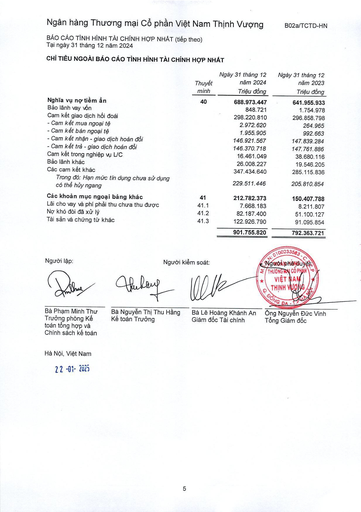
||Thuyết minh|Ngày 31 tháng 12 năm 2024 Triệu đồng|Ngày 31 tháng 12 năm 2023 Triệu đồng| |---|---|---|---| |Nghĩa vụ nợ tiềm ẩn|40|688.973.447|641.955.933| |Bảo lãnh vay vốn||848.721|1.754.978| |Cam kết giao dịch hối đoái||298.220.810|296.858.798| |- Cam kết mua ngoại tệ||2.972.620|264.965| |- Cam kết bán ngoại tệ||1.955.905|992.663| |- Cam kết nhận - giao dịch hoán đổi||146.921.567|147.839.284| |- Cam kết trả - giao dịch hoán đổi||146.370.718|147.761.886| |Cam kết trong nghiệp vụ L/C||16.461.049|38.680.116| |Bảo lãnh khác||26.008.227|19.546.205| |Các cam kết khác||347.434.640|285.115.836| |Trong đó: Hạn mức tín dụng chưa sử dụng có thể hủy ngang||229.511.446|205.810.854| |Các khoản mục ngoài bảng khác|41|212.782.373|150.407.788| |Lãi cho vay và phí phải thu chưa thu được|41.1|7.668.183|8.211.807| |Nợ khó đòi đã xử lý|41.2|82.187.400|51.100.127| |Tài sản và chứng từ khác|41.3|122.926.790|91.095.854| |||901.755.820|792.363.721|